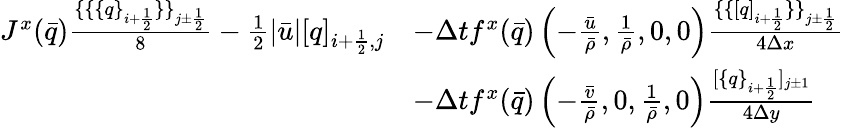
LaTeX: \begin{array}{rl}{J^{x}(\bar{q})\frac{\{ \{ \{ q\} _{i+\frac 12}\} \} _{j\pm\frac 12}}{8}-\frac 12|\bar{u}|[q]_{i+\frac 12,j}}&{-\Delta tf^{x}(\bar{q})\left(-\frac{\bar{u}}{\bar{\rho}},\frac{1}{\bar{\rho}},0,0\right)\frac{\{ \{ [q]_{i+\frac 12}\} \} _{j\pm\frac 12}}{4\Delta x}}\\ &{-\Delta tf^{x}(\bar{q})\left(-\frac{\bar{v}}{\bar{\rho}},0,\frac{1}{\bar{\rho}},0\right)\frac{[\{ q\} _{i+\frac 12}]_{j\pm 1}}{4\Delta y}}\end{array}